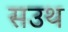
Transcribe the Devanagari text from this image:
सउथ